Civil Veterinary Dept. Assam report 1927-50 - 1927-1950
Year: 1927
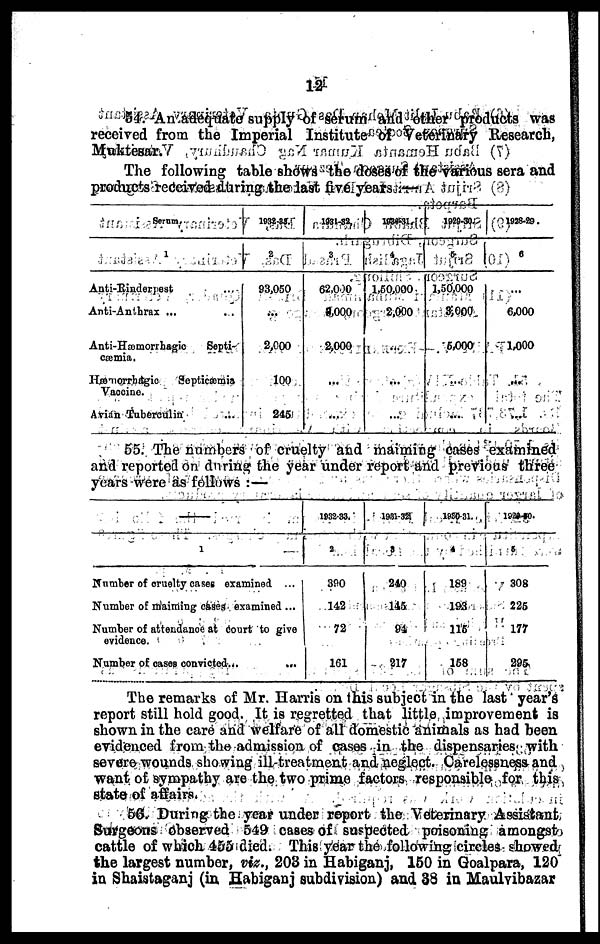
12
54. An adequate supply of serum and other products was
received from the Imperial Institute of Veterinary Research,
Muktesar.
The following table shows the doses of the various sera and
products received during the last five years —
Serum.
1
Anti-Rinderpest ...
Anti-Anthrax ...
...
Anti-Hæmorrhagic
Septi-
cæmia.
Hæmorrhagic
Septicæmia
Vaccine.
Avian Tuberculin ...
1932-35.
2
93,050
...
2,000
100
245
1931-32,
3
62,000
3,000
2,000
...
...
1930-31.
4
1,50,000
2,000
...
...
...
1929-30.
5
1,50,000
3,000
5,000
...
...
1928-29.
6
...
6,000
1,000
...
...
55. The numbers of cruelty and maiming cases examined
and reported on during the year under report and previous three
years were as follows : —
1
Number of cruelty cases examined ...
Number of maiming cases examined ...
Number of attendance at Court to give
evidence
Number of cases convicted...
1932-33.
2
390
142
72
161
1931-32.
3
249
145
94
217
1930-31
4
189
193
115
158
1920-30.
5
308
225
177
295
The remarks of Mr. Harris on this subject in the last year's
report still hold good. It is regretted that little improvement is
shown in the care and welfare of all domestic animals as had been
evidenced from the admission of cases in the dispensaries with
severe wounds showing ill-treatment and neglect. Carelessness and
want of sympathy are the two prime factors responsible for this
state of affairs.
56. During the year under report the Veterinary Assistant
Surgeons observed 549 cases of suspected poisoning amongst
cattle of which 455 died. This year the following circles showed
the largest number, viz., 203 in Habiganj, 150 in Goalpara, 120
in Shaistaganj (in Habiganj subdivision) and 38 in Maulvibazar